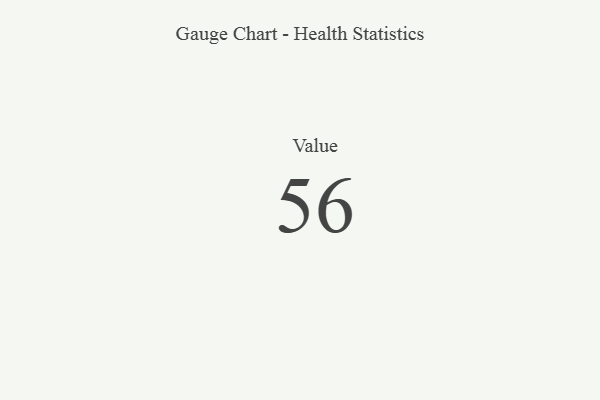
{"axis": {"x": "Metric", "y": "Value"}, "legend": [""], "data": [{"x": "Value", "y": 56, "type": ""}]}